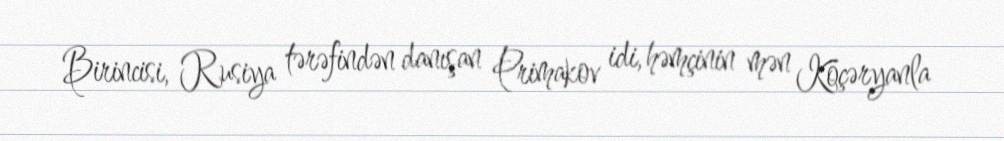
Birincisi, Rusiya tərəfindən danışan Primakov idi, həmçinin mən Köçəryanla